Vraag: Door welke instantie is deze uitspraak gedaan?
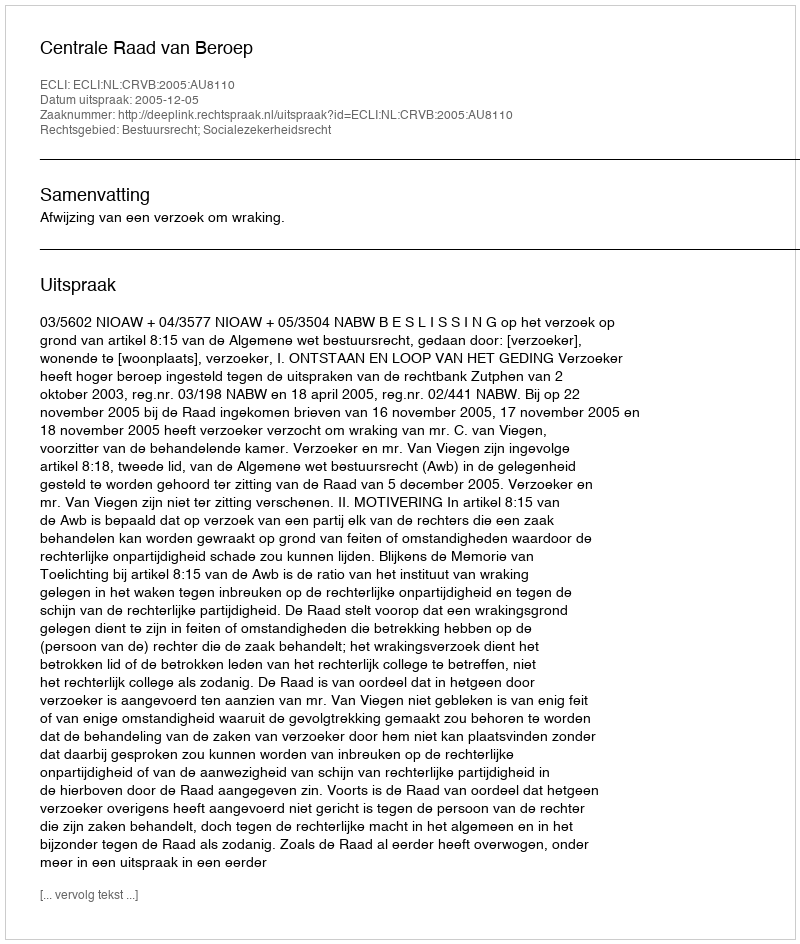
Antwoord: Centrale Raad van Beroep